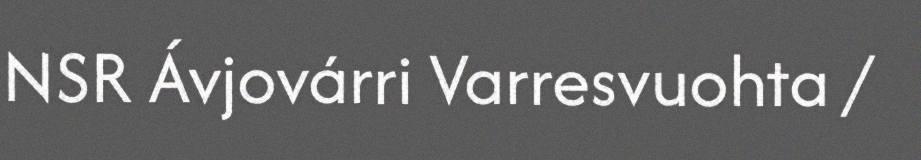
NSR Ávjovárri Varresvuohta /